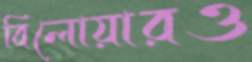
বিলোয়ারও